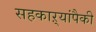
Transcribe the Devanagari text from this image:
सहकाऱ्यांपैकी